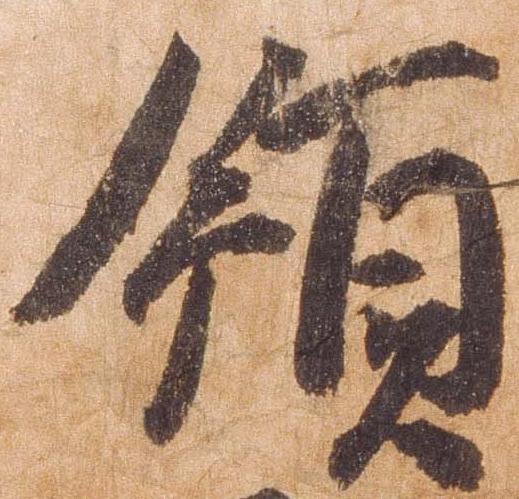
領